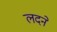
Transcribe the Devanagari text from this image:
लदने